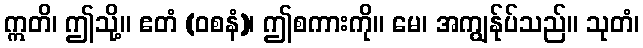
ဣတိ၊ ဤသို့။ ဧတံ (ဝစနံ)၊ ဤစကားကို။ မေ၊ အကျွန်ုပ်သည်။ သုတံ၊